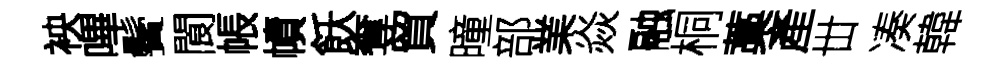
䘧嗶鬢閬帳幘飫奪貿曈部業焱融桐藁產丗凑韓